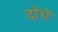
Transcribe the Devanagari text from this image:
दोचे